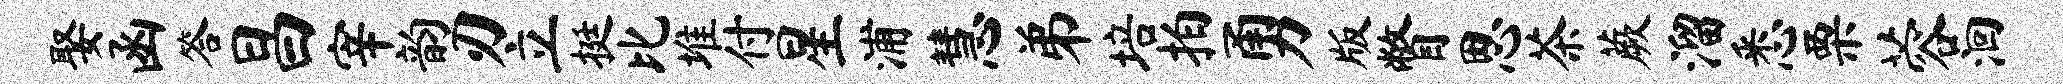
娶函答昌宰韵刃立挺比堆付星浦慧弟培拍勇版瞥思茶蕨溜悉栗蓉洄